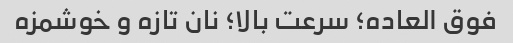
فوق العاده؛ سرعت بالا؛ نان تازه و خوشمزه